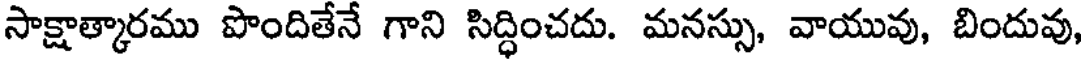
సాక్షాత్కారము పొందితేనే గాని సిద్ధించదు. మనస్సు, వాయువు, బిందువు,